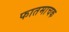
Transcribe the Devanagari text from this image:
फातमाचक